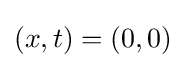
(x,t)=(0,0)